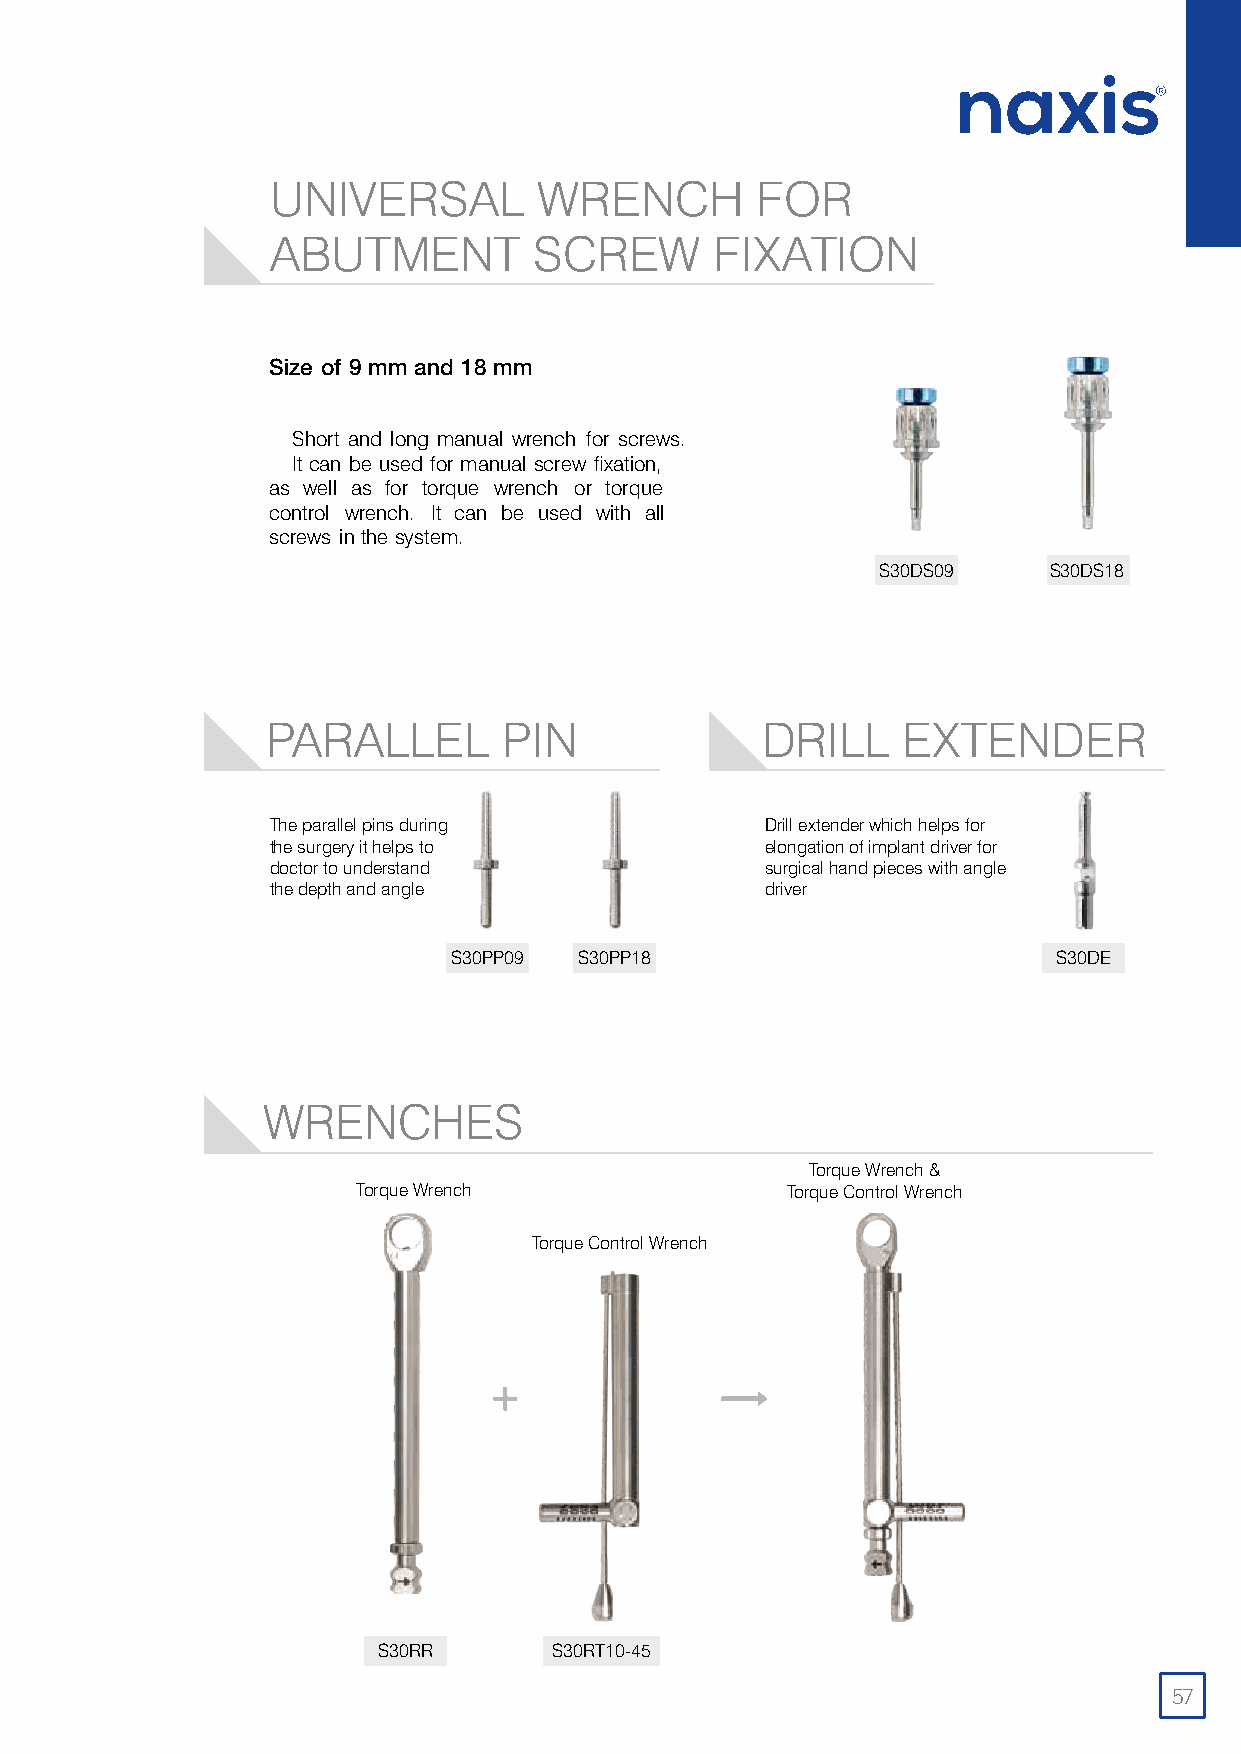
UNIVERSAL         WRENCH        FOR
 ABUTMENT         SCREW       FIXATION
 Size of 9 mm and 18 mm
 Short and long manual wrench for screw s.
 It can be used for manual screw fixation,
 as well as for torque wrench or torque
 control wrench. It can be used with all
 screws in the system.
 S30DS09    S30DS18
 PARALLEL       PIN              DRILL     EXTENDER
 The parallel pins during         Drill extender which helps for
 the surg ery it helps to         elongation of implant driver for
 doct or to understand            surgical hand pieces with angle
 the depth and angle              driver
 S30PP09 S30PP18                         S30DE
 WRENCHES
 Torque Wrench &
 Torque Wrench               Torque Control Wrench
 Torque Control Wrench
 +
 S30RR       S30RT10-45
 57